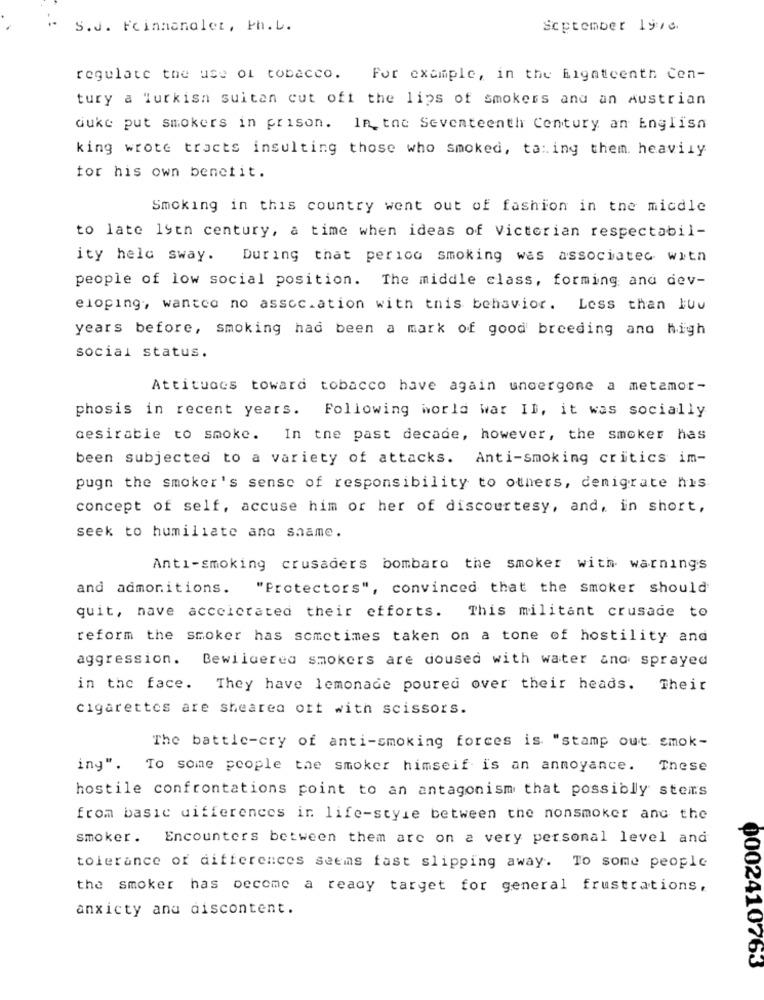
S.J. Feinmanolet, Ph.L.
September 19re.
regulate the use of tobacco. For example, in the Eighteenth Cen-
tury a Turkish suitan cut off the lips of smokers and an Austrian
duke put smokers in prison. In the Seventeenth Century an English
king wrote tracts insulting those who smoked, ta:ing them. heavily
for his own benefit.
Smoking in this country went out of fashion in the micdle
to late 19th century, a time when ideas of Victorian respectabil-
ity held sway. During that perico smoking was associated with
people of low social position. The middle class, forming and dev-
eloping, wanted no assoc.ation with this behavior. Less than HUu
years before, smoking had been a mark of good breeding and high
social status.
Attitudes toward tobacco have again undergone a metamor-
phosis in recent years. Following world war II, it was socially
desirable to smoke. In the past decade, however, the smoker has
been subjected to a variety of attacks. Anti-smoking critics im-
pugn the smoker's sense of responsibility to others, demigrate his
concept of self, accuse him or her of discourtesy, and, in short,
seek to humiliate and shame.
Anti-smoking crusaders bombaro the smoker with warnings
and admonitions. "Protectors", convinced that the smoker should
quit, nave accelerated their efforts. This militant crusade to
reform the smoker has sometimes taken on a tone of hostility and
aggression. Bewildered smokers are doused with water and sprayed
in the face. They have lemonade poured over their heads. Their
cigarettes are shearen off with scissors.
The battle-cry of anti-smoking forces is "stamp out smok-
ing". To some people the smoker himself is an annoyance. These
hostile confrontations point to an antagonism that possibly sters
from basic differences in life-style between the nonsmoker and the
smoker. Encounters between them are on a very personal level and
tolerance of differences seems fast slipping away. To some people
the smoker has become a ready target for general frustrations,
anxicty anu discontent.
0002410763